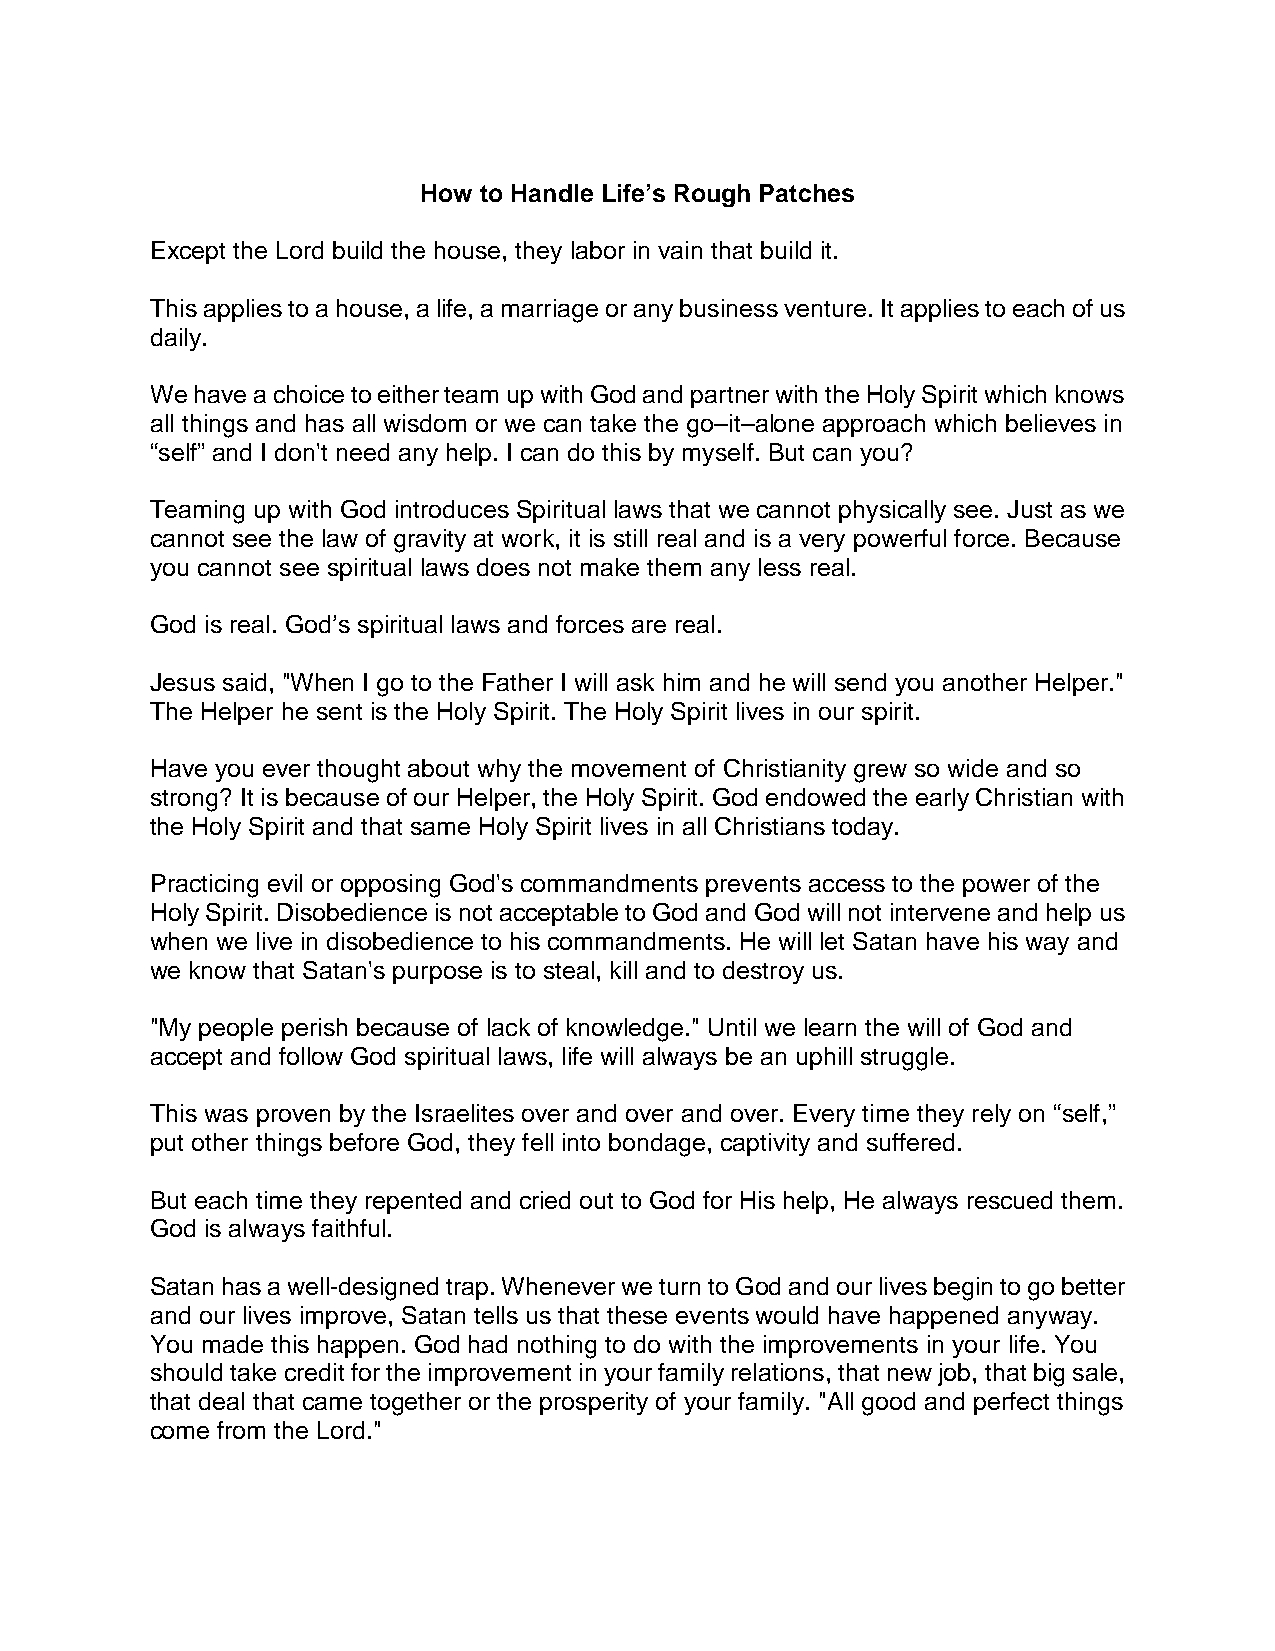
How to Handle Life’s Rough Patches
 Except the Lord build the house, they labor in vain that build it.
 This applies to a house, a life, a marriage or any business venture. It applies to each of us
 daily.
 We have a choice to either team up with God and partner with the Holy Spirit which knows
 all things and has all wisdom or we can take the go–it–alone approach which believes in
 “self” and I don't need any help. I can do this by myself. But can you?
 Teaming up with God introduces Spiritual laws that we cannot physically see. Just as we
 cannot see the law of gravity at work, it is still real and is a very powerful force. Because
 you cannot see spiritual laws does not make them any less real.
 God is real. God’s spiritual laws and forces are real.
 Jesus said, "When I go to the Father I will ask him and he will send you another Helper."
 The Helper he sent is the Holy Spirit. The Holy Spirit lives in our spirit.
 Have you ever thought about why the movement of Christianity grew so wide and so
 strong? It is because of our Helper, the Holy Spirit. God endowed the early Christian with
 the Holy Spirit and that same Holy Spirit lives in all Christians today.
 Practicing evil or opposing God's commandments prevents access to the power of the
 Holy Spirit. Disobedience is not acceptable to God and God will not intervene and help us
 when we live in disobedience to his commandments. He will let Satan have his way and
 we know that Satan's purpose is to steal, kill and to destroy us.
 "My people perish because of lack of knowledge." Until we learn the will of God and
 accept and follow God spiritual laws, life will always be an uphill struggle.
 This was proven by the Israelites over and over and over. Every time they rely on “self,”
 put other things before God, they fell into bondage, captivity and suffered.
 But each time they repented and cried out to God for His help, He always rescued them.
 God is always faithful.
 Satan has a well-designed trap. Whenever we turn to God and our lives begin to go better
 and our lives improve, Satan tells us that these events would have happened anyway.
 You made this happen. God had nothing to do with the improvements in your life. You
 should take credit for the improvement in your family relations, that new job, that big sale,
 that deal that came together or the prosperity of your family. "All good and perfect things
 come from the Lord."